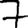
Digit: 7